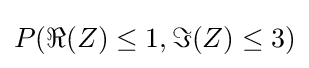
P(\Re {(Z)}\leq 1,\Im {(Z)}\leq 3)